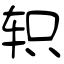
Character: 轵